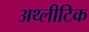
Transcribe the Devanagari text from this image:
अथ्लीटिक